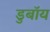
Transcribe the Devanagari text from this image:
डुबॉय